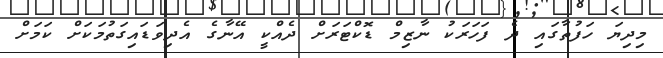
މިދިޔަ ހަފުތާގައި ދެ ފަހަރަކު ނާޒިމް ޑޮކްޓަރަށް ދެއްކީ އޭނާގެ އެދިވަޑައިގަތުމަކަށް ކަމަށް